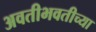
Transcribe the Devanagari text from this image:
अवतीभवतीच्या